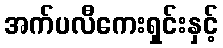
အက်ပလီကေးရှင်းနှင့်